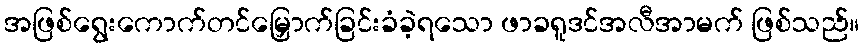
အဖြစ်ရွေးကောက်တင်မြှောက်ခြင်းခံခဲ့ရသော ဖာခရူဒင်အလီအာမက် ဖြစ်သည်။